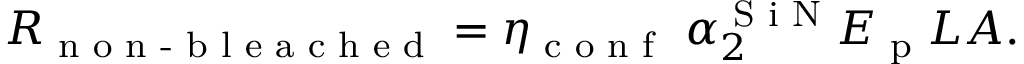
R _ { \textrm { n o n - b l e a c h e d } } = \eta _ { \textrm { c o n f } } \ \alpha _ { 2 } ^ { \textrm { S i N } } E _ { \textrm { p } } L A .